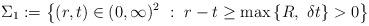
LaTeX: \begin{align*}\Sigma_1:=\left\{(r,t)\in(0,\infty)^2\ :\ r-t\ge\max\left\{R,\,\,\delta t\right\}>0\right\}\end{align*}